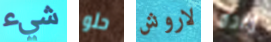
شيء حلو لاروش إبادة